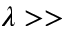
\lambda > >